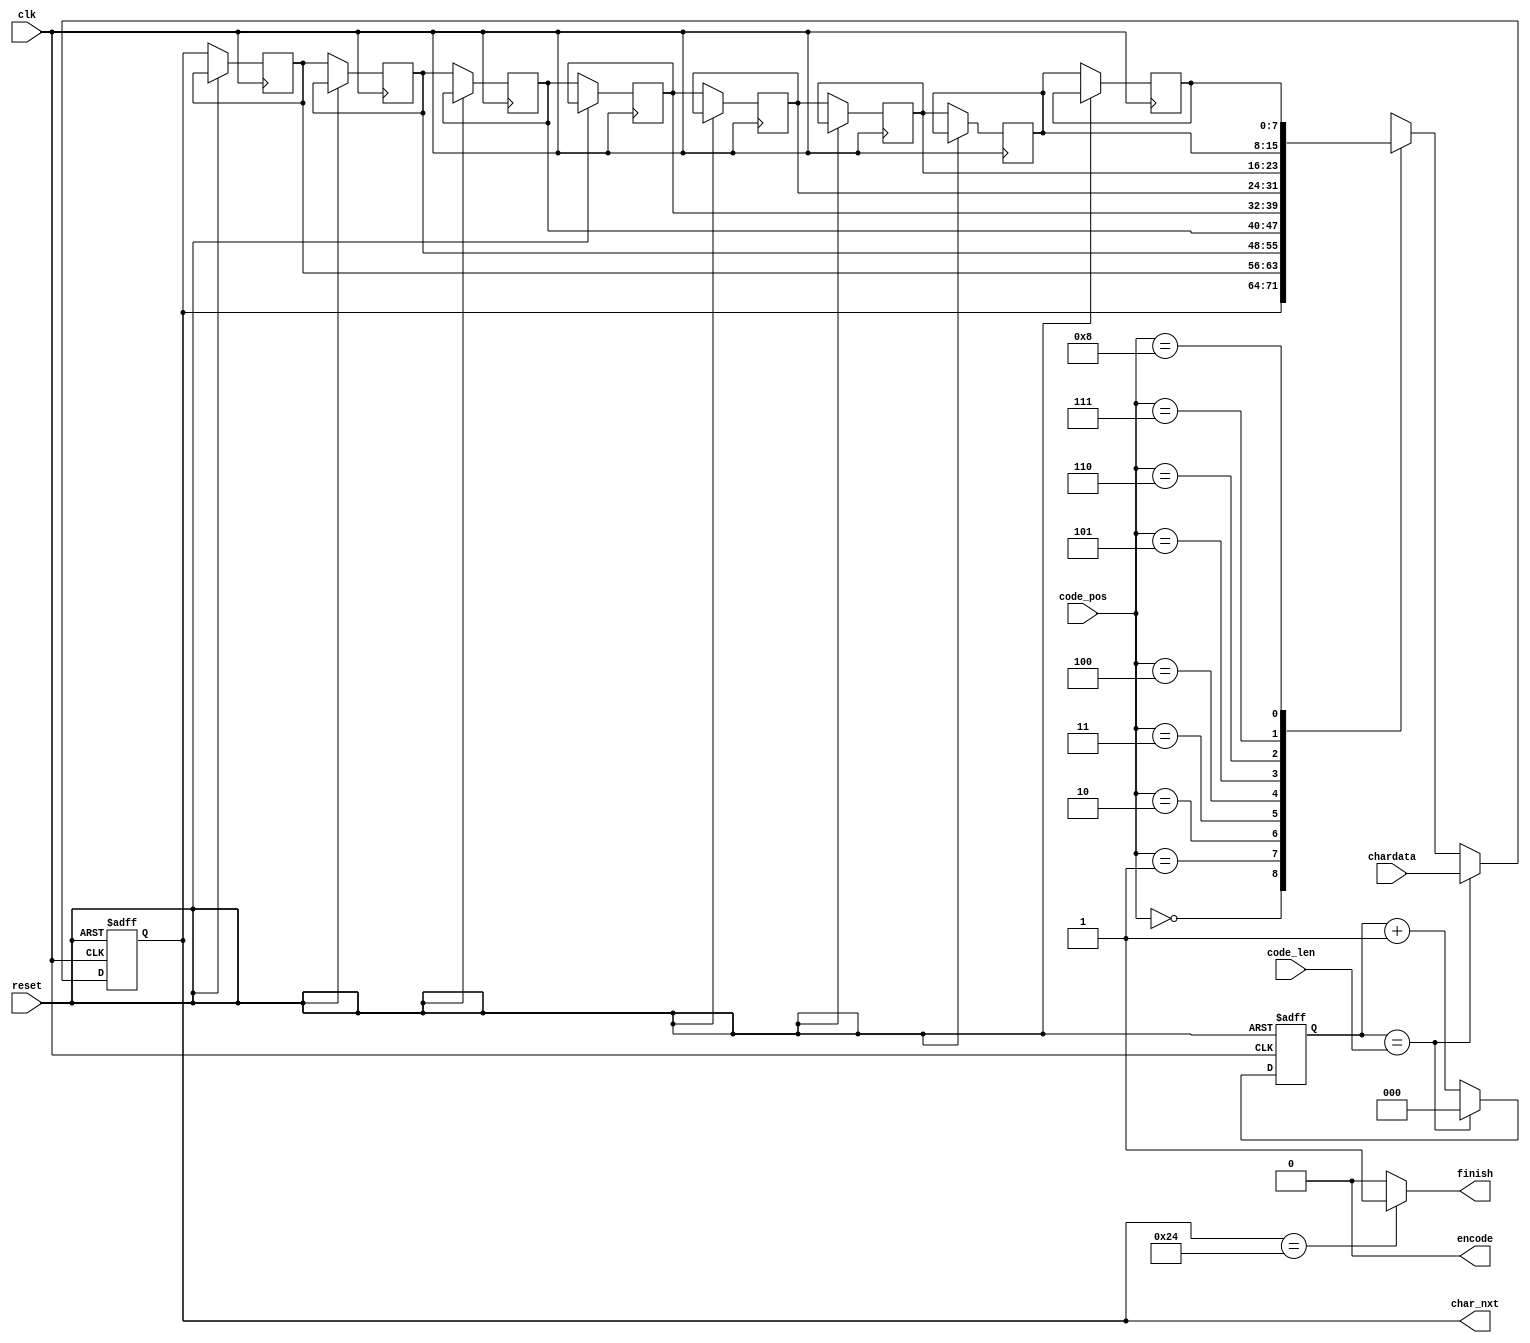
module LZ77_Decoder(clk,reset,code_pos,code_len,chardata,encode,finish,char_nxt);

input 				clk;
input 				reset;
input 		[3:0] 	code_pos;
input 		[2:0] 	code_len;
input 		[7:0] 	chardata;
output  			encode;
output  			finish;
output 	   [7:0]    char_nxt;


/*
	Write Your Design Here ~
*/
reg [7:0]buff[0:8];
reg [2:0]cnt;
//buffer


always @(posedge clk or posedge reset) begin
	if(reset)begin
		buff[0] <= 0;
	end
	else begin
		buff[0] <= (cnt == code_len)?chardata:buff[code_pos];
		buff[1] <= buff[0];
		buff[2] <= buff[1];
		buff[3] <= buff[2];
		buff[4] <= buff[3];
		buff[5] <= buff[4];
		buff[6] <= buff[5];
		buff[7] <= buff[6];
		buff[8] <= buff[7];
	end
end
always @(posedge clk or posedge reset) begin
	if(reset)
		cnt <= 0;
	else begin
		if(cnt == code_len)begin
			cnt <= 0;
		end
		else 
			cnt <= cnt + 1;
	end
end
assign char_nxt = buff[0];
assign finish = (char_nxt == 8'h24)?1:0;
assign encode =  0;
endmodule